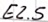
Text: E2.5